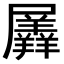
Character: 羼